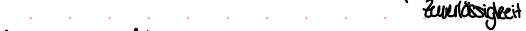
Zuverlässigkeit